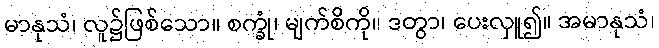
မာနုသံ၊ လူ၌ဖြစ်သော။ စက္ခုံ၊ မျက်စိကို။ ဒတွာ၊ ပေးလှူ၍။ အမာနုသံ၊